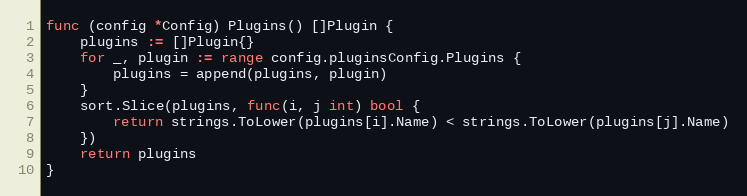
Language: Go
func (config *Config) Plugins() []Plugin {
	plugins := []Plugin{}
	for _, plugin := range config.pluginsConfig.Plugins {
		plugins = append(plugins, plugin)
	}
	sort.Slice(plugins, func(i, j int) bool {
		return strings.ToLower(plugins[i].Name) < strings.ToLower(plugins[j].Name)
	})
	return plugins
}